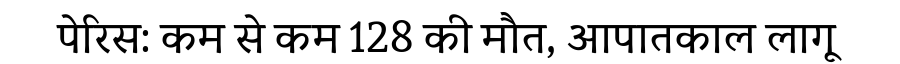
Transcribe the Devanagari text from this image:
पेरिस: कम से कम 128 की मौत, आपातकाल लागू